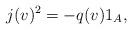
LaTeX: \begin{align*}j(v)^2 = -q(v)1_{A},\end{align*}